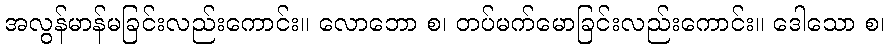
အလွန်မာန်မခြင်းလည်းကောင်း။ လောဘော စ၊ တပ်မက်မောခြင်းလည်းကောင်း။ ဒေါသော စ၊